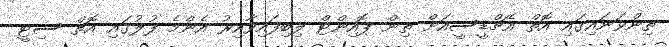
ތިންވަނައިގައި އޮތް އެޗްޑީސީއަށް ތިން ޕޮއިންޓް ލިބިފައިވާއިރު އެންމެ ފުލުގައި އޮތް ސިޓީ